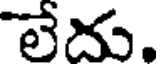
లేదు.